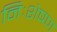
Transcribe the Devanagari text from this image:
निःशेषण